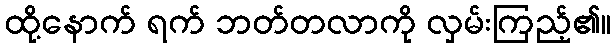
ထို့နောက် ရက် ဘတ်တလာကို လှမ်းကြည့်၏။